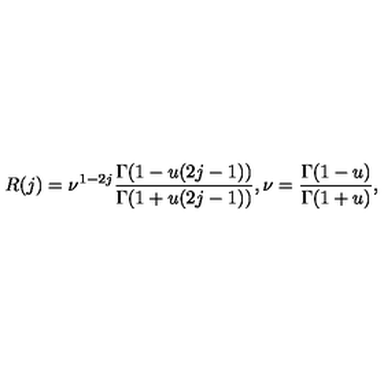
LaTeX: R ( j ) = \nu ^ { 1 - 2 j } \frac { \Gamma ( 1 - u ( 2 j - 1 ) ) } { \Gamma ( 1 + u ( 2 j - 1 ) ) } , \nu = \frac { \Gamma ( 1 - u ) } { \Gamma ( 1 + u ) } ,